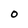
Character: 0